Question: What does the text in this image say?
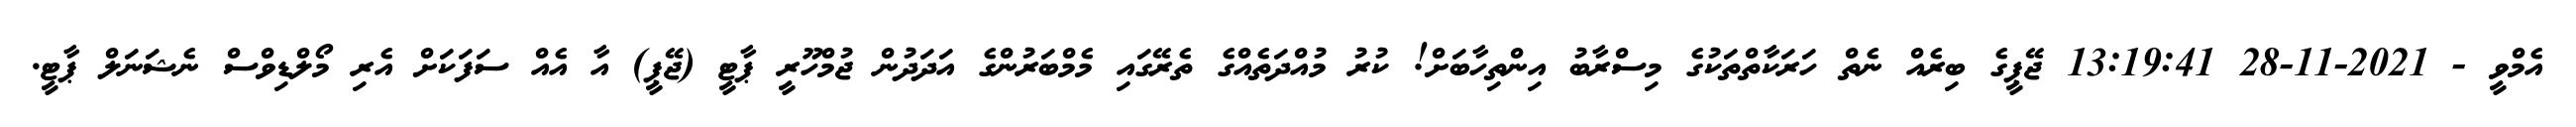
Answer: އެމްވީ - 2021-11-28 13:19:41 ޖޭޕީގެ ބިރެއް ނެތް ހަރަކާތްތަކުގެ މިސްރާބު އިންތިހާބަށް! ކުރު މުއްދަތެއްގެ ތެރޭގައި މެމްބަރުންގެ އަދަދުން ޖުމްހޫރީ ޕާޓީ (ޖޭޕީ) އާ އެއް ސަފަކަށް އެރި މޯލްޑިވްސް ނެޝަނަލް ޕާޓީ.